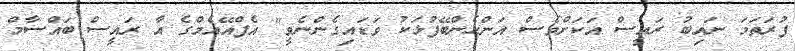
ފުރަތަމަ ނައިބު ރައީސް އަކަށްވެސް އަންހެންބޭފުޅަކު ވަޑައިގެންނެވީ" އެފްއޭއެމްގެ އާ ރައީސް ބައްސާމް